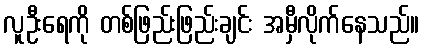
လူဦးရေကို တစ်ဖြည်းဖြည်းချင်း အမှီလိုက်နေသည်။